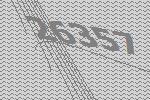
26357